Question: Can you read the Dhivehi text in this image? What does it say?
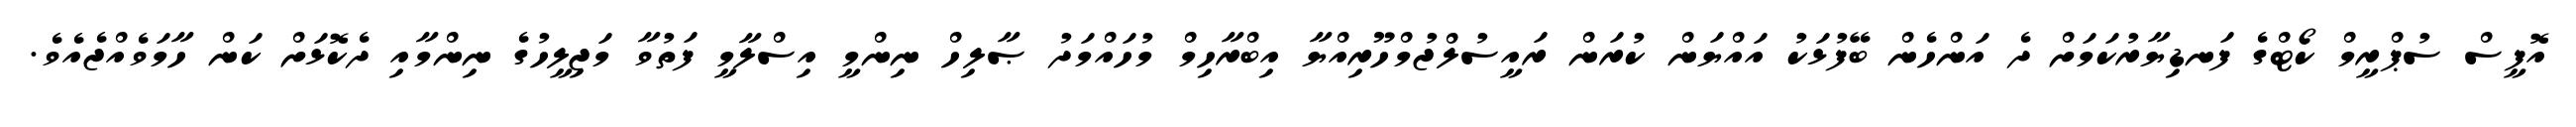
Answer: އޮފީސް ސުޕްރީމް ކޯޓްގެ ފަނޑިޔާރުކަމަށް ދެ އަންހެން ބޭފުޅަކު އައްޔަން ކުރަން ރައީސުލްޖުމްހޫރިއްޔާ އިބްރާހިމް މުހައްމަދު ޞާލިހް ނިންމީ އިސްލާމީ ފަތުވާ މަޖިލީހުގެ ނިންމާއި ދެކޮޅަށް ކަން ހާމަވެއްޖެއެވެ.